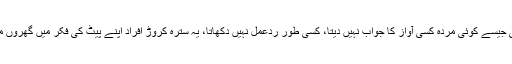
بالکل ایسے ہی جیسے کوئی مردہ کسی آواز کا جواب نہیں دیتا، کسی طور ردِعمل نہیں دکھاتا، یہ سترہ کروڑ افراد اپنے پیٹ کی فکر میں گھروں میں بیٹھے ہیں۔